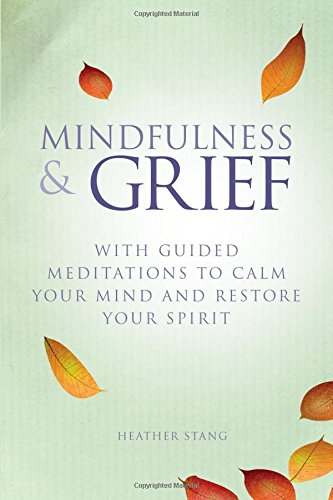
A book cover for Mindfulness and Grief: With Guided Meditations to Calm Your Mind and Restore Your Spirit; Heather Stang; Politics & Social Sciences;